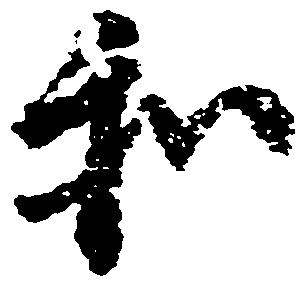
和